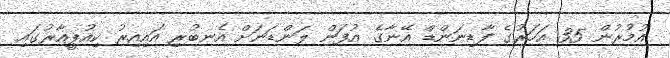
އުމުރުން 35 އަހަރުގެ ފާޑިނަންޑް އޭނާގެ އުފަން ލަންޑަނަށް އެނބުރި އައިއިރު ކިއުޕީއާރުގައި